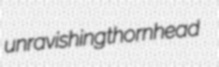
unravishing thornhead